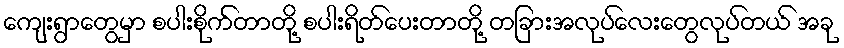
ကျေးရွာတွေမှာ စပါးစိုက်တာတို့ စပါးရိတ်ပေးတာတို့ တခြားအလုပ်လေးတွေလုပ်တယ် အခု